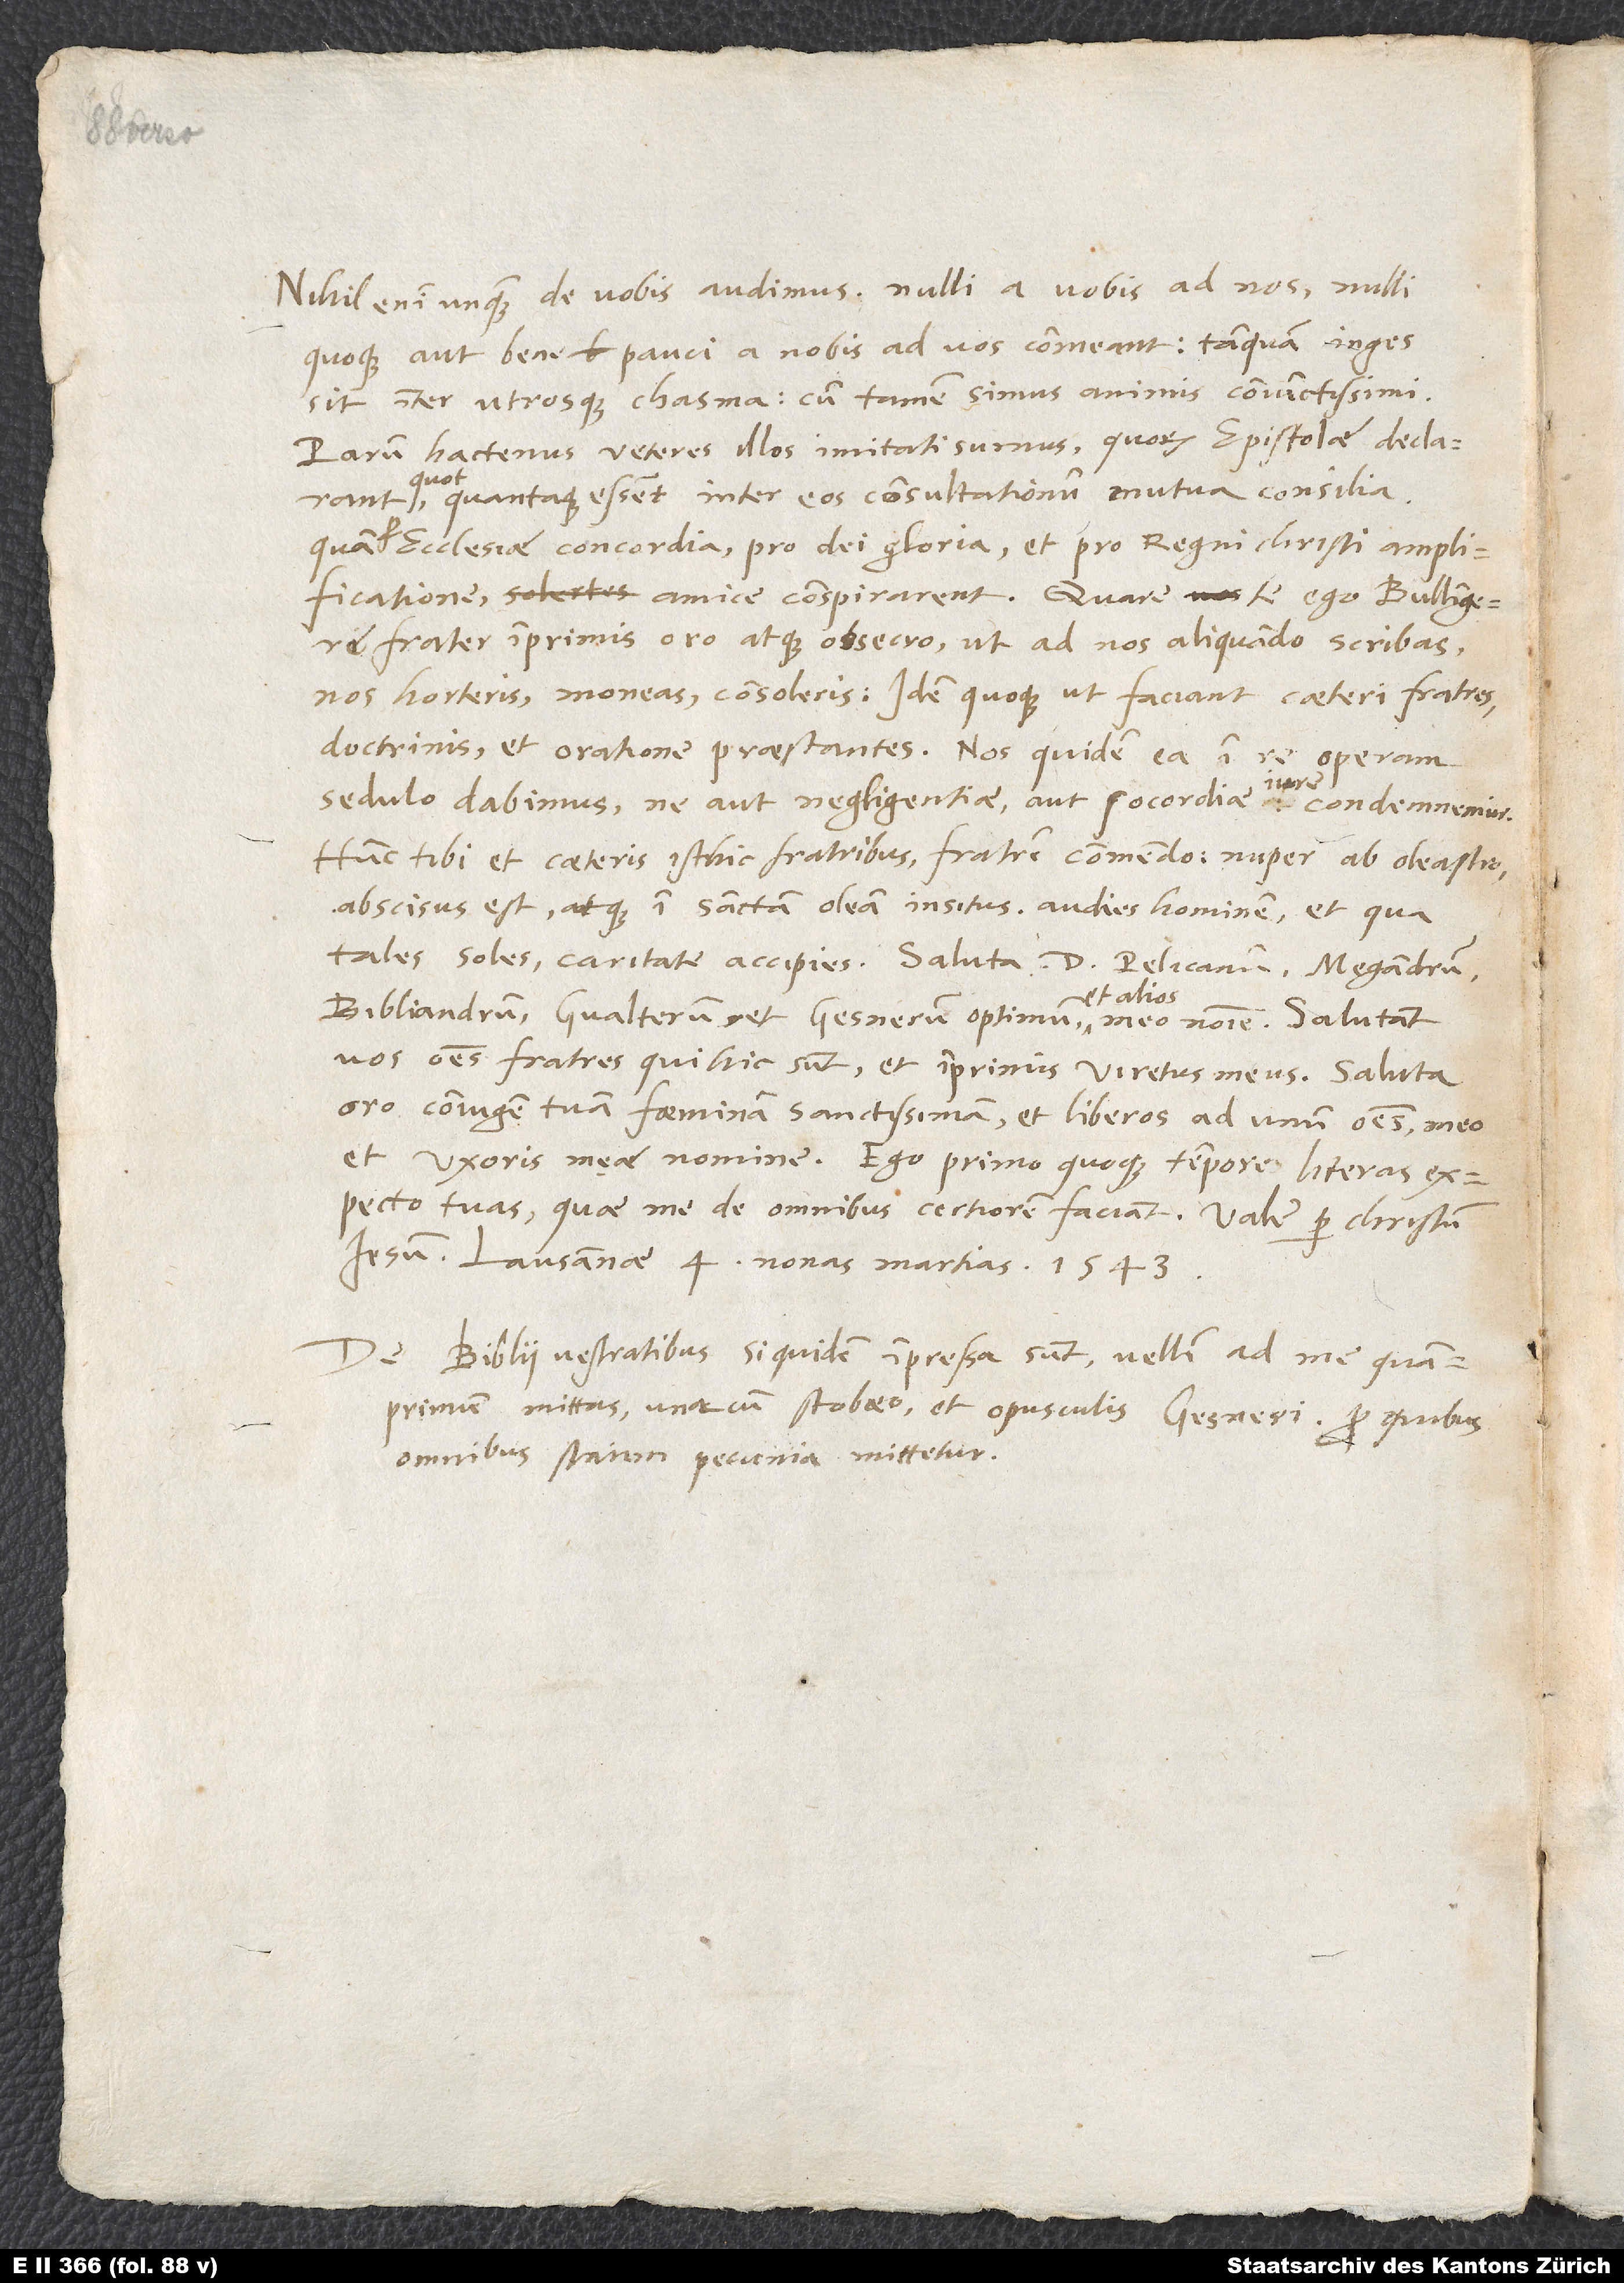
Nihil enim unquam de vobis audimus, nulli a vobis ad nos, nulli
quoque aut bene pauci a nobis ad vos commeant, tanquam ingens
sit inter utrosque chasma, cum tamen simus animis coniunctissimi.
Parum hactenus veteres illos imitati sumus, quorum epistolae declarant,
quantaque essent inter eos consultationum mutua consilia,
quam pro ecclesiae concordia, pro dei gloria et pro regni Christi amplificatione
amice conspirarent. Quare te ego, Bullingere
frater, imprimis oro atque obsecro, ut ad nos aliquando scribas,
nos horteris, moneas, consoleris, idem quoque ut faciant caeteri fratres
doctrinis et oratione praestantes. Nos quidem ea in re operam
iter
sedulo dabimus, ne aut negligentiae aut socordiae iure condemnemur.
Hunc tibi et caeteris isthic fratribus fratrem commendo; nuper ab oleastro
abscisus est atque in sanctam oleam insitus. Audies hominem et, qua
tales soles, caritate accipies. Saluta d. Pelicanum, Megandrum,
Bibliandrum, Gvalterum et Gesnerum optimum et alios meo nomine. Salutant
vos omnes fratres, qui hic sunt, et imprimis Viretus meus. Saluta,
oro, coniugem tuam, foeminam sanctissimam, et liberos ad unum omnes meo
et uxoris meae nomine. Ego primo quoque tempore literas
expecto tuas, quae me de omnibus certiorem faciant. Vale per Christum
Iesum. Lausannae, 4. nonas martias 1543.
De bibliis vestratibus, siquidem impressa sunt, vellem ad me quamprimum
mittas, una cum Stobaeo et opusculis Gesneri, pro quibus
omnibus statim pecunia mittetur.